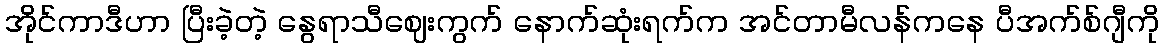
အိုင်ကာဒီဟာ ပြီးခဲ့တဲ့ နွေရာသီဈေးကွက် နောက်ဆုံးရက်က အင်တာမီလန်ကနေ ပီအက်စ်ဂျီကို